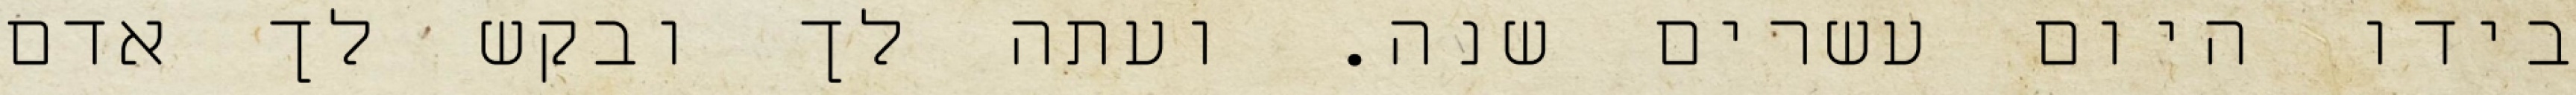
בידו היום עשרים שנה. ועתה לך ובקש לך אדם